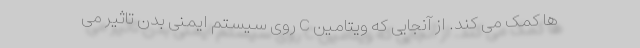
ها کمک می کند. از آنجایی که ویتامین C روی سیستم ایمنی بدن تاثیر می